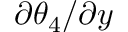
{ { \partial \theta _ { 4 } } / { \partial y } }